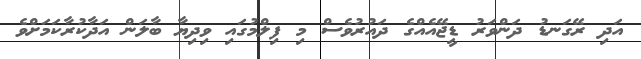
އަދި ރޭގަނޑު ދަންވަރު ޑީޖޭއެއްގެ ދައުރުވެސް މި ފިލްމުގައި ވިދިޔާ ބާލަން އަދާކުރާކަމަށްވެ